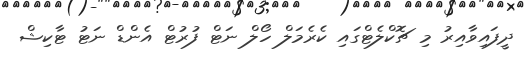
ދީފައިވާއިރު މި ޗޮކްލެޓްގައި ކެރެމަލް ހޯލް ނަޓް ފުރުޓް އެންޑް ނަޓު ޓާކިޝް